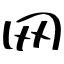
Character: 网